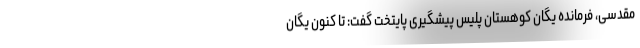
مقدسی، فرمانده یگان کوهستان پلیس پیشگیری پایتخت گفت: تا کنون یگان